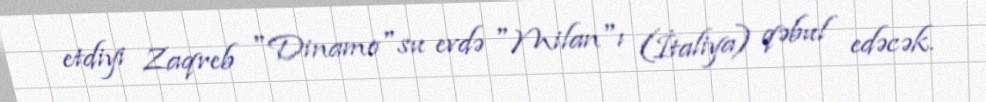
etdiyi Zaqreb "Dinamo"su evdə "Milan"ı (İtaliya) qəbul edəcək.